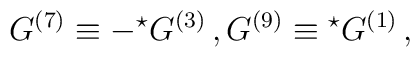
G^{(7)} \equiv - {}^\star G^{(3)}\, , G^{(9)} \equiv {}^\star G^{(1)}\,,